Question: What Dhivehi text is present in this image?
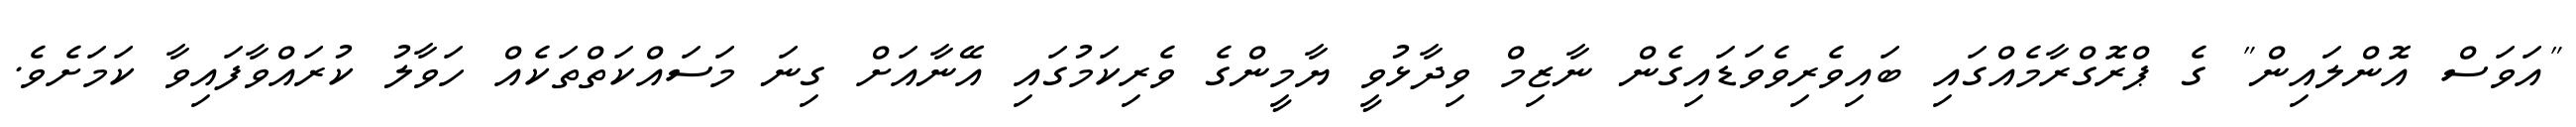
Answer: "އަވަސް އޮންލައިން" ގެ ޕްރޮގްރާމެއްގައި ބައިވެރިވެވަޑައިގެން ނާޒިމް ވިދާޅުވީ ޔާމީންގެ ވެރިކަމުގައި އޭނާއަށް ގިނަ މަސައްކަތްތަކެއް ހަވާލު ކުރައްވާފައިވާ ކަމަށެވެ.